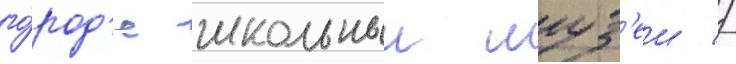
го́род'е школьныи муз'еи //